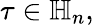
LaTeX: \tau\in\mathbb{H}_{n},